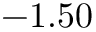
- 1 . 5 0